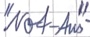
Text: "Not-Aus"